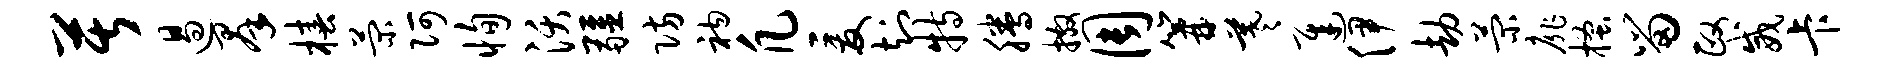
苦遏群椿菊阿恂沃疆防衲凡爰知特腾撒周篝羲迟伊劫菊扉搔留政威卡